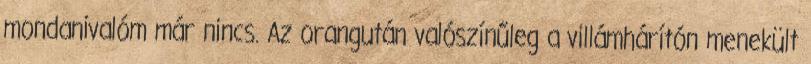
mondanivalóm már nincs. Az orangután valószínűleg a villámhárítón menekült